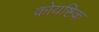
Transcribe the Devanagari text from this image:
कोयष्टिक